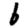
Digit: 6